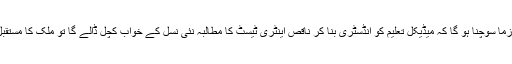
پاکستانی حکومت کو اس پہلو پر لازماً سوچنا ہو گا کہ میڈیکل تعلیم کو انڈسٹری بنا کر ناقص اینٹری ٹیسٹ کا مطالبہ نئی نسل کے خواب کچل ڈالے گا تو ملک کا مستقبل اپنے ملک کو کیسے سنوارے گا۔